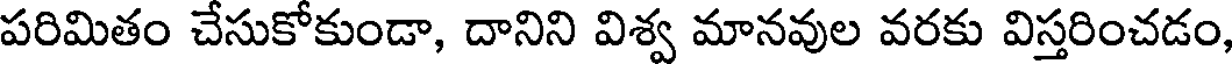
పరిమితం చేసుకోకుండా, దానిని విశ్వ మానవుల వరకు విస్తరించడం